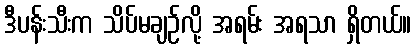
ဒီပန်းသီးက သိပ်မချဉ်လို့ အရမ်း အရသာ ရှိတယ်။